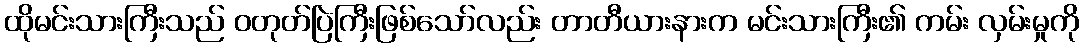
ထိုမင်းသားကြီးသည် ဝတုတ်ပြဲကြီးဖြစ်သော်လည်း တာတီယားနားက မင်းသားကြီး၏ ကမ်း လှမ်းမှုကို